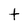
Character: t